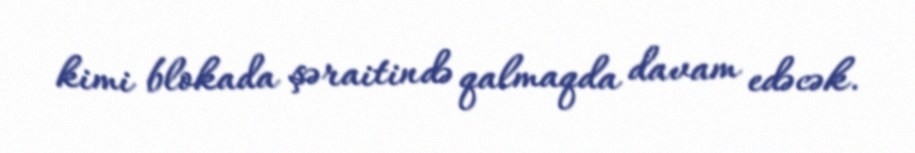
kimi blokada şəraitində qalmaqda davam edəcək.